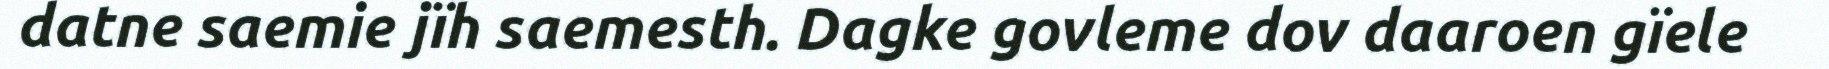
datne saemie jïh saemesth. Dagke govleme dov daaroen gïele